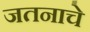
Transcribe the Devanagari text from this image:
जतनाचे